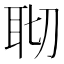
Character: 𦕀